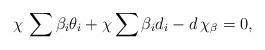
LaTeX: \begin{align*}\chi \, \sum \beta_i \theta_i +\chi \sum \beta_i d_i- d \, \chi_\beta=0,\end{align*}